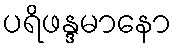
ပရိဖန္ဒမာနော